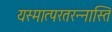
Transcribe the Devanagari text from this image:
यस्मात्परतरन्नास्ति